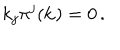
k _ { j } \pi ^ { j } ( { \bf k } ) = 0 \, .